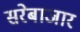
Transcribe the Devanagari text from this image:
सरेबाजार